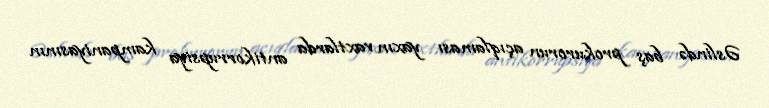
Əslində baş prokurorun açıqlaması yaxın vaxtlarda antikorrupsiya kampaniyasının